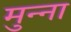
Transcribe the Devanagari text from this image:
मुन्‍ना